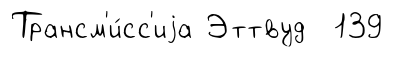
Трансм'и́сс'иjа Эттвуд 139